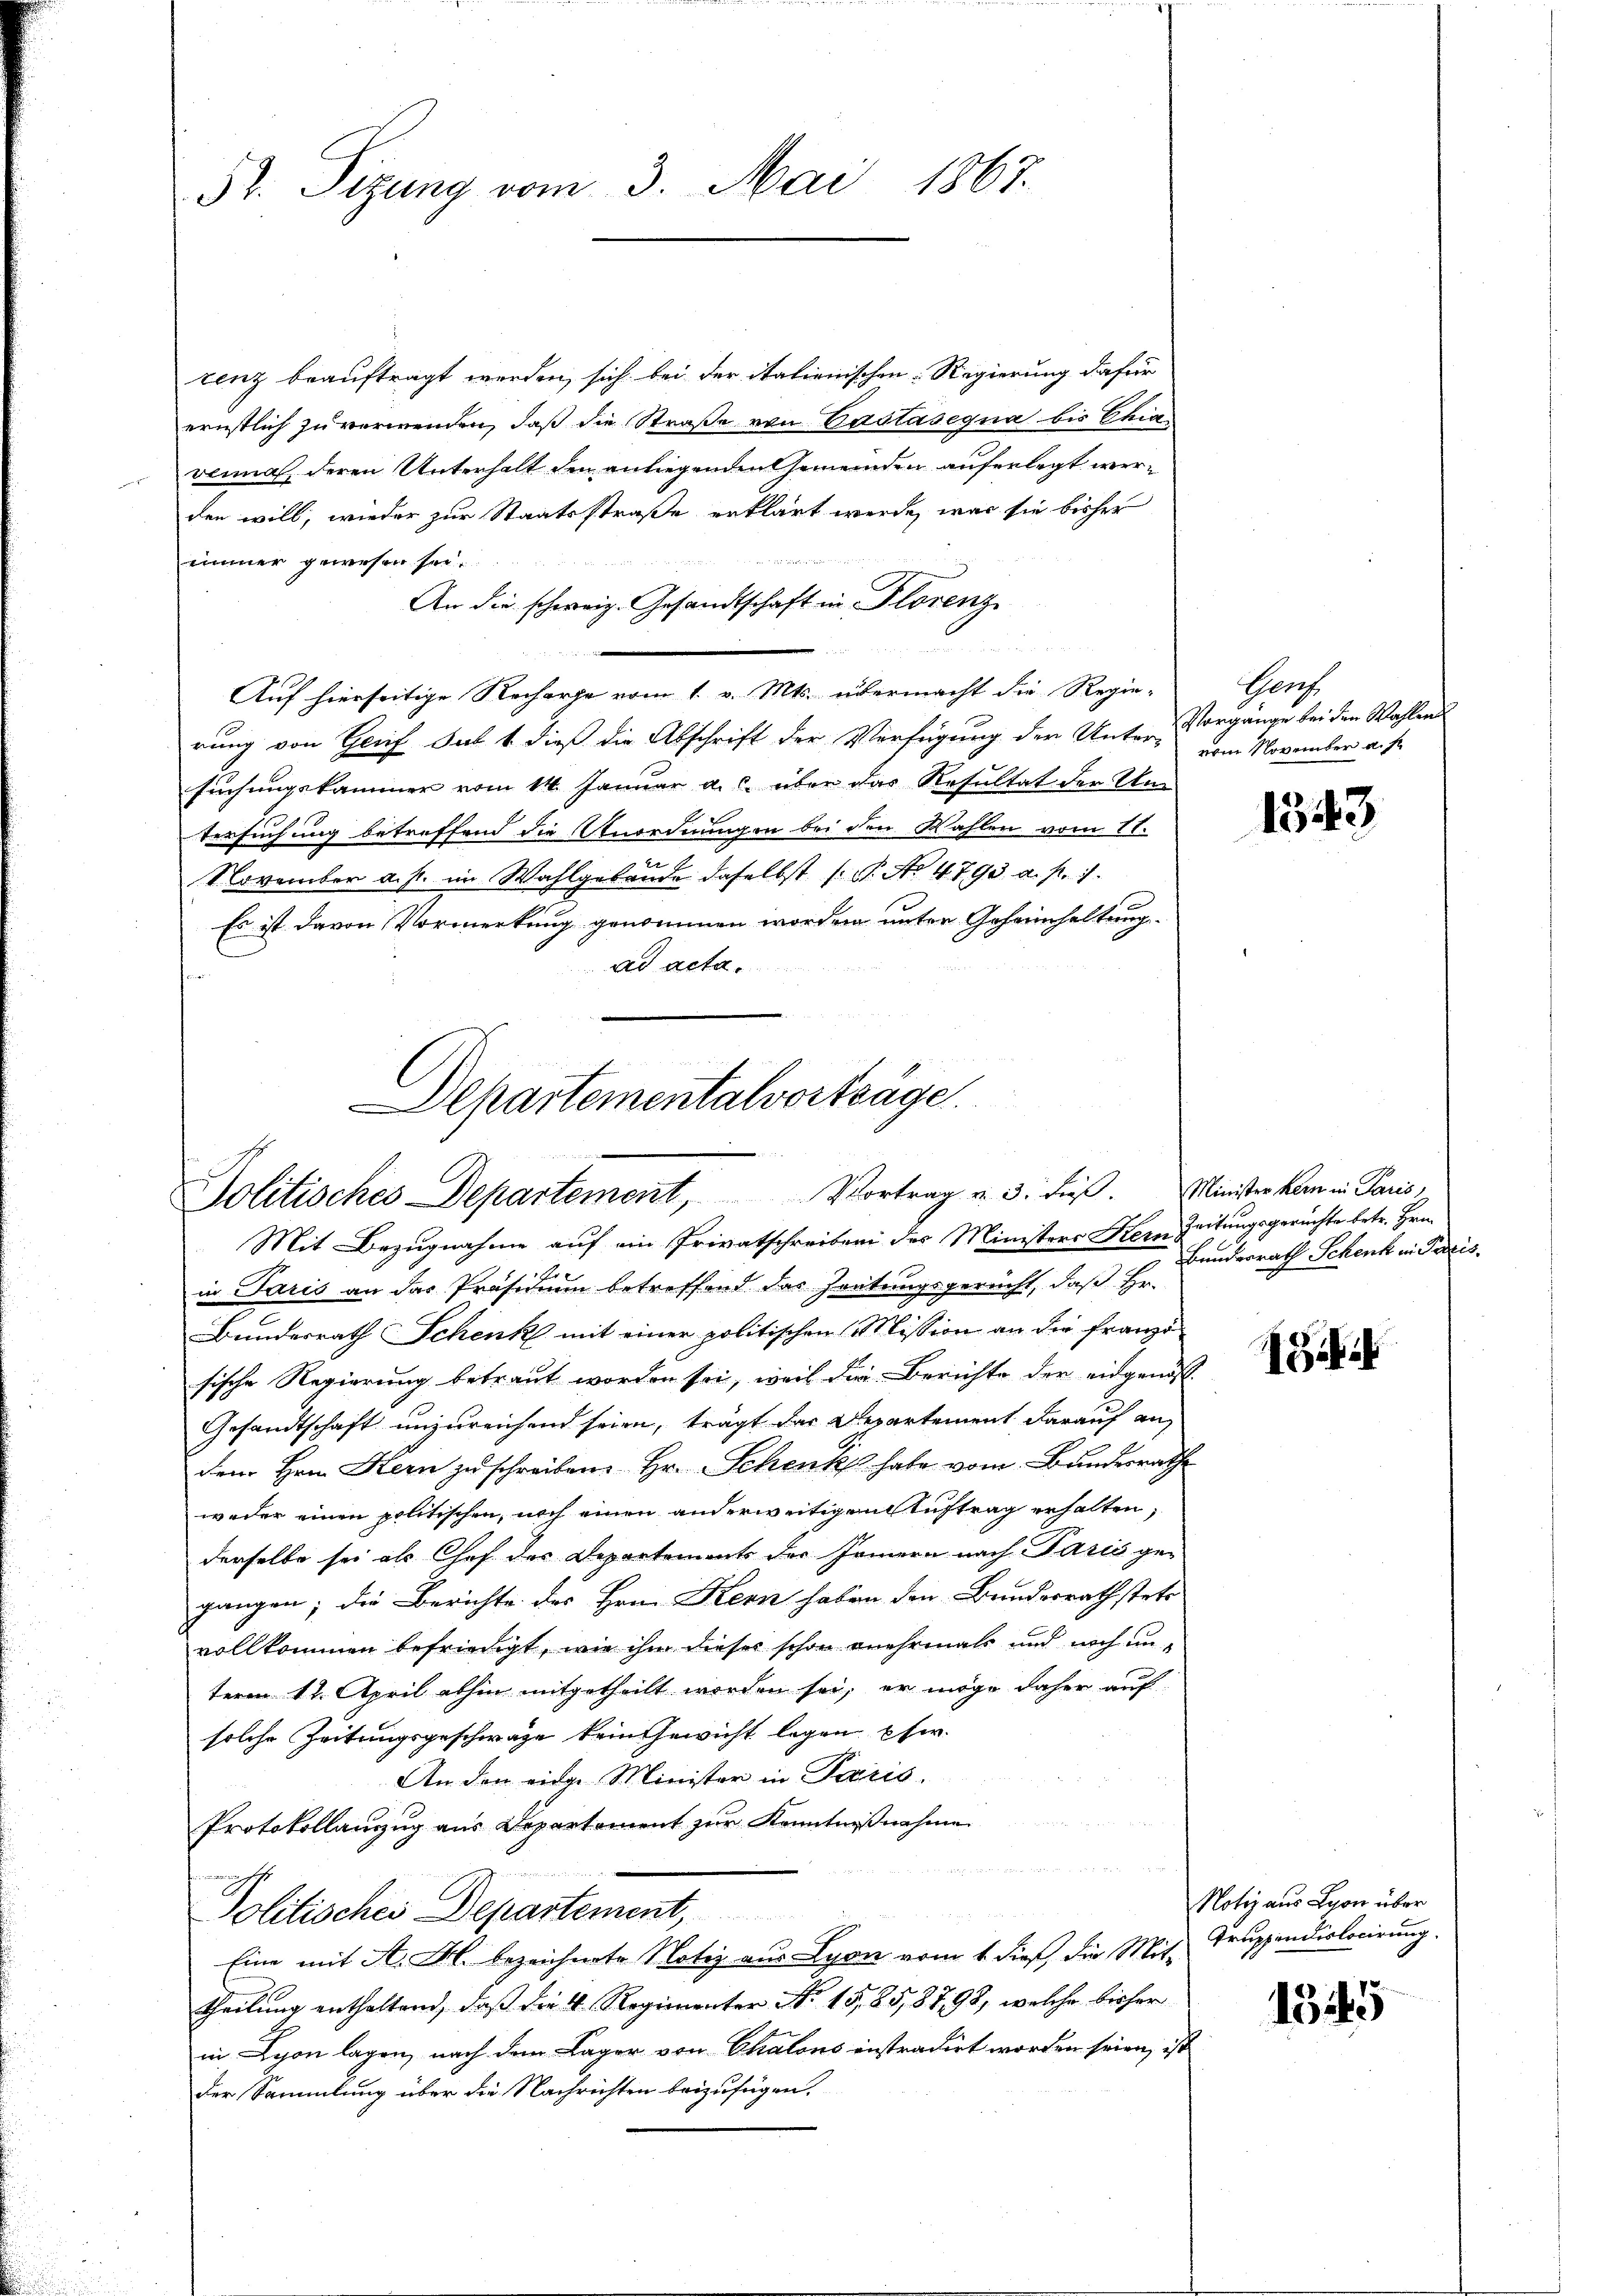
52. Sizung vom 3. Mai 1867.

tenz beauftragt werden, sich bei der itationischen Regierung dafür
ernstlich zu verwenden, daß die Straße von Castasegua bis Chiavenia, deren Unterhalt den anliegenden Gemeinden auferlegt werden will, wieder zur Staatsstraße erklärt werde, was sie bisher

immer gewesen sei.
An die schweiz. Gesandtschaft in Florenz
Auf hierseitige Recharge vom 1. v. Mts. übermacht die Regierung von Greif sub 1 dieß die Abschrift der Verfügung der Unter-Vorgänge bei den Wahlen
Eusungskammer vom 14. Januar a. c. über das Resultat der Umtersuchung betreffend die Unordnungen bei den Wahlen vom 11.
November a. p. im Wahlgebäude daselbst (T. No 4793. a. p. 1.
Es ist davon Vormerkung genommen worden unter Geheimhaltung
ad acta.
.

e

Departementalvorträge.
Politisches Departement, Vortrag v. 3. dieβ. Minister kan in Paris,

Genf.
vom November a. f.

Mit Bezugnahme auf ein Privatschreiben des Ministers Kern Zeitungsgerichte betr. Hrn.
d
in Paris an das Präsidium betreffend das Zeitungsgericht, daß Hr.
Bundesrath Schenk mit einer politischen Mission an die franzö
sische Regierung betraut worden sei, weil die Berichte der eidgenöß¬
Gesandtschaft unzureichend seien, trägt der Departement darauf an,
dem Hrn. Kern zu schreiben. Hr. Schenk habe vom Bundesrathe
weder einen politischen, noch einen anderweitigen Auftrag erhalten,
derselbe sei als Chef des Departements der Irmern nach Paris ge-
gangen; die Berichte des Hrn. Kern haben den Bundesrath stets
vollkommen befriedigt, wie ihm dieser schon mehrmals und noch unterm 11. April abhin mitgetheilt worden sei, er möge daher auf
solche Zeitungsgeschwäge kein Gewicht legen pfw.
An den eine Minister in Paris.
Protokollanzug aus Departement zur Kenntnißnahme

demann seh
Politisches Departement,
Eine mit A. Frl. bezeichnete Notiz aus Lyon vom 1. dieß, die Mit Truppendislocirung.
theilung enthaltend, daß die 4 Regimenter No. 15,85,8798, welche bisher
in Lyon lagen, nach dem Lager von Chalons instradirt worden seien, ist
der Sammlung über die Nachrichten beizufügen.

1343

Bundesrath Schenk in Paris.

8

Notiz aus Lyon über

1345